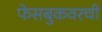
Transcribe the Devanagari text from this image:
फेसबुकवरची